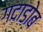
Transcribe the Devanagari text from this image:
गदाडोब